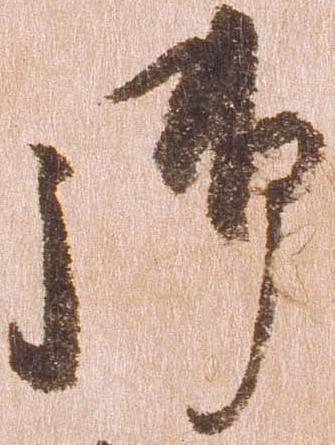
御